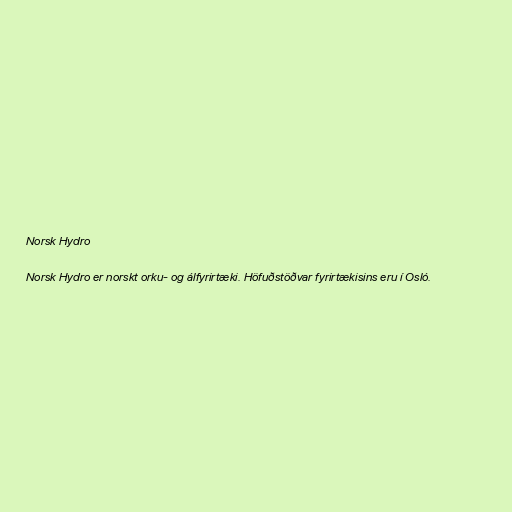
Norsk Hydro

Norsk Hydro er norskt orku- og álfyrirtæki. Höfuðstöðvar fyrirtækisins eru í Osló.